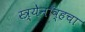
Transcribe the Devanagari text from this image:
स्त्र्येनॉव्हचा